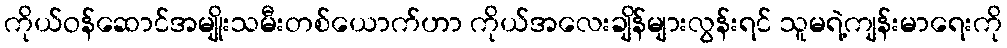
ကိုယ်ဝန်ဆောင်အမျိုးသမီးတစ်ယောက်ဟာ ကိုယ်အလေးချိန်များလွန်းရင် သူမရဲ့ကျန်းမာရေးကို